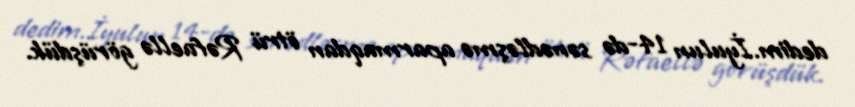
dedim.İyulun 14-də sənədləşmə aparmaqdan ötrü Rəfaellə görüşdük.